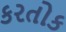
કરતોક